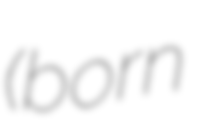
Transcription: (born